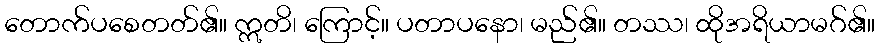
တောက်ပစေတတ်၏။ ဣတိ၊ ကြောင့်။ ပတာပနော၊ မည်၏။ တဿ၊ ထိုအရိယာမဂ်၏။